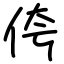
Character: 侉